Vaccination North-Western Provinces and Oudh 1878-1895 - 1878-1895
Year: 1878
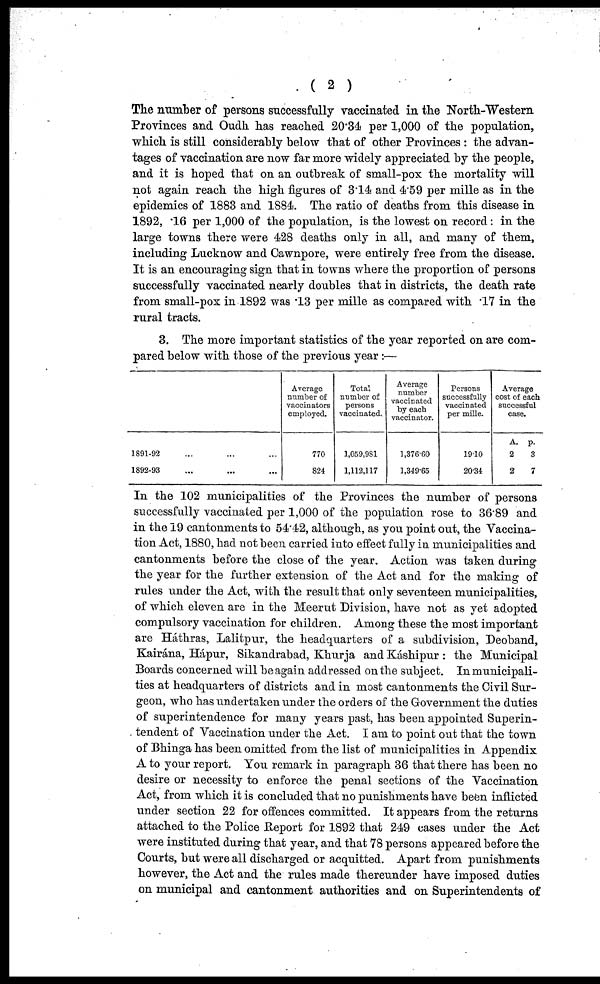
( 2 )
The number of persons successfully vaccinated in the North-Western
Provinces and Oudh. has reached 20.34 per 1,000 of the population,
which is still considerably below that of other Provinces : the advan-
tages of vaccination are now far more widely appreciated by the people,
and it is hoped that on an outbreak of small-pox the mortality will
not again reach the high figures of 3.14 and 4.59 per mille as in the
epidemics of 1883 and 1884. The ratio of deaths from this disease in
1892, .16 per 1,000 of the population, is the lowest on record: in the
large towns there were 428 deaths only in all, and many of them,
including Lucknow and Cawnpore, were entirely free from the disease.
It is an encouraging sign that in towns where the proportion of persons
successfully vaccinated nearly doubles that in districts, the death rate
from small-pox in 1892 was .13 per mille as compared with .17 in the
rural tracts.
3. The more important statistics of the year reported on are com-
pared below with those of the previous year :—
1891-92 ...
1892-93 ...
Average
number of
vaccinators
employed.
770
824
Total
number of
persons
vaccinated.
1,059,981
1,112,117
Average
number
vaccinated
by each
vaccinator.
1,376.60
1,349.65
Persons
successfully
vaccinated
per mille.
19.10
20.34
Average
cost of each
successful
case.
A.
2
2
p.
3
7
In the 102 municipalities of the Provinces the number of persons
successfully vaccinated per 1,000 of the population rose to 36.89 and
in the 19 cantonments to 54.42, although, as you point out, the Vaccina-
tion Act, 1880, had not been carried into effect fully in municipalities and
cantonments before the close of the year. Action was taken during
the year for the further extension of the Act and for the making of
rules under the Act, with the result that only seventeen municipalities,
of which eleven are in the Meerut Division, have not as yet adopted
compulsory vaccination for children. Among these the most important
are Háthras, Lalitpur, the headquarters of a subdivision, Deoband,
Kairána, Hápur, Sikandrabad, Khurja and Káshipur: the Municipal
Boards concerned will be again addressed on the subject. In municipali-
ties at headquarters of districts and in most cantonments the Civil Sur-
geon, who has undertaken under the orders of the Government the duties
of superintendence for many years past, has been appointed Superin-
tendent of Vaccination under the Act. I am to point out that the town
of Bhinga has been omitted from the list of municipalities in Appendix
A to your report. You remark in paragraph 36 that there has been no
desire or necessity to enforce the penal sections of the Vaccination
Act, from which it is concluded that no punishments have been inflicted
under section 22 for offences committed. It appears from the returns
attached to the Police Report for 1892 that 249 cases under the Act
were instituted during that year, and that 78 persons appeared before the
Courts, but were all discharged or acquitted. Apart from punishments
however, the Act and the rules made thereunder have imposed duties
on municipal and cantonment authorities and on Superintendents of